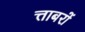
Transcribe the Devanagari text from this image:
त्ताबरों